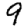
Digit: 9